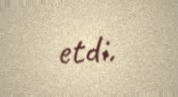
etdi.